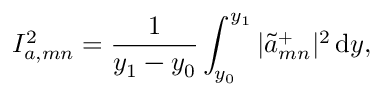
I _ { a , m n } ^ { 2 } = \frac { 1 } { y _ { 1 } - y _ { 0 } } \int _ { y _ { 0 } } ^ { y _ { 1 } } | \widetilde { a } _ { m n } ^ { + } | ^ { 2 } { \, \mathrm { { d } } } y ,